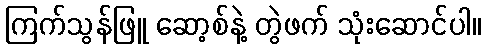
ကြက်သွန်ဖြူ ဆော့စ်နဲ့ တွဲဖက် သုံးဆောင်ပါ။